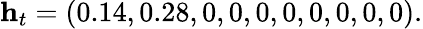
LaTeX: \mathbf{h}_{t}=(0.14,0.28,0,0,0,0,0,0,0,0).